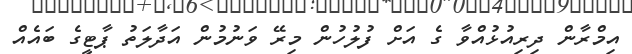
އިމްރާން ދިރިއުޅުއްވާ ގެ އަށް ފުލުހުން މިރޭ ވަނުމުން އަދާލަތު ޕާޓީގެ ބައެއް